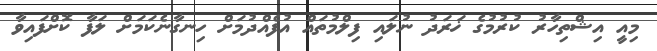
މިއީ އިޝްތިހާރު ކުރުމުގެ ޚަރަދު ނުލައި ފިލްމުތައް އުފެއްދުމަށް ހިނގާނެކަމަށް ލަފާ ކޮށްފައިވާ